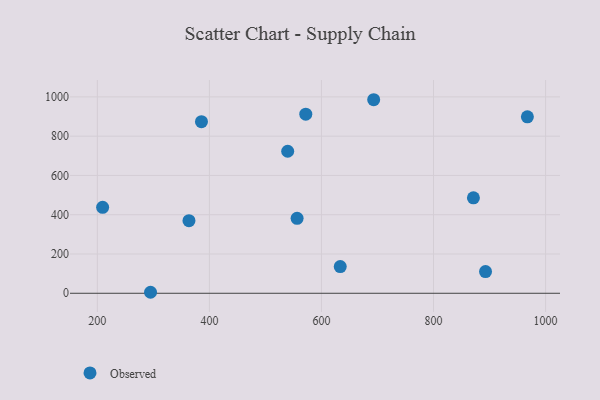
{"axis": {"x": "Ad Spend", "y": "Salary"}, "legend": ["Observed"], "data": [{"x": "572.0", "y": 912.1, "type": "Observed"}, {"x": "556.5", "y": 381.7, "type": "Observed"}, {"x": "385.8", "y": 873.8, "type": "Observed"}, {"x": "209.4", "y": 437.5, "type": "Observed"}, {"x": "892.8", "y": 110.6, "type": "Observed"}, {"x": "871.2", "y": 486.0, "type": "Observed"}, {"x": "967.5", "y": 898.4, "type": "Observed"}, {"x": "633.5", "y": 136.2, "type": "Observed"}, {"x": "693.2", "y": 985.6, "type": "Observed"}, {"x": "294.9", "y": 5.1, "type": "Observed"}, {"x": "539.7", "y": 723.1, "type": "Observed"}, {"x": "363.5", "y": 369.7, "type": "Observed"}]}